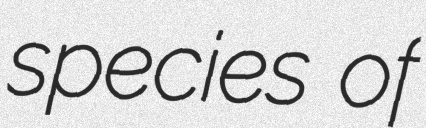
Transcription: species of